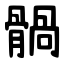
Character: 䯞